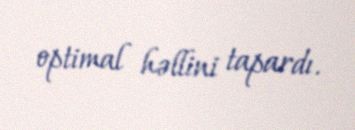
optimal həllini tapardı.